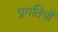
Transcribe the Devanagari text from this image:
प्रगतियाँ